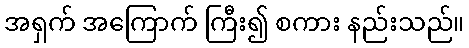
အရှက် အကြောက် ကြီး၍ စကား နည်းသည်။